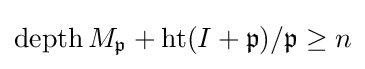
\operatorname {depth} M_{\mathfrak {p}}+\operatorname {ht} (I+{\mathfrak {p}})/{\mathfrak {p}}\geq n